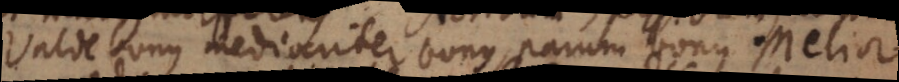
Valde bonus, mediocriter bonus, parum bonus. Melior,